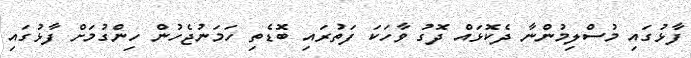
ފާޅުގައި މުސްލިމުންނާ ދެކޮޅައް ދޮގު ވާހަކަ ފަތުރައި ބޮޑެތި ހަމަނުޖެހުން ހިންގުމަށް ފާޅުގައި